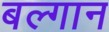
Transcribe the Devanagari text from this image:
बल्गान